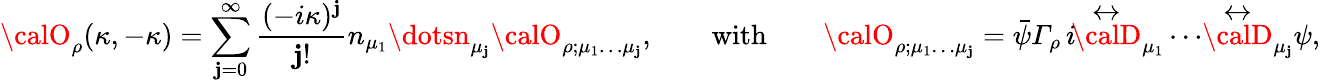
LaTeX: {\calO}_{\rho}(\kappa,-\kappa)=\sum_{\mathbf{j}=0}^{\infty}\frac{{(-i\kappa)^{\mathbf{j}}}}{{\mathbf{j}!}}n_{\mu_{1}}\dotsn_{\mu_{\mathbf{j}}}{\calO}_{\rho;\mu_{1}\dots\mu_{\mathbf{j}}},\qquad\mathrm{{with}}\qquad{\calO}_{\rho;\mu_{1}\dots\mu_{\mathbf{j}}}=\bar{{\psi}}{\mit\Gamma}_{\rho}\, i\! \stackrel{\leftrightarrow}{\calD}_{\mu_{1}}\dotsi\! \stackrel{\leftrightarrow}{\calD}_{\mu_{\mathbf{j}}}\psi,